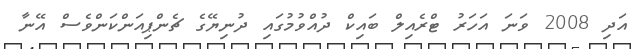
އަދި 2008 ވަނަ އަހަރު ޓްރެއިލް ބައިކް ދުއްވުމުގައި ދުނިޔޭގެ ޗެންޕިއަންކަންވެސް އޭނާ